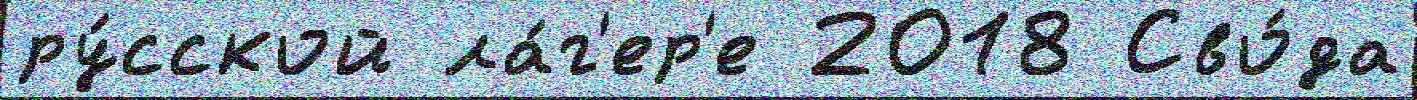
ру́сской ла́г'ер'е 2018 Сво́да